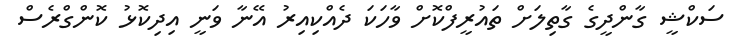
ސަކްޝީ ގާންދީގެ ގާތިލަށް ތައުރީފްކޮށް ވާހަކަ ދެއްކިއިރު އޭނާ ވަނީ އިދިކޮޅު ކޮންގްރެސް